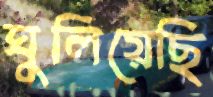
ঘুলিয়েছি